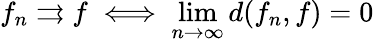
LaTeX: f_{n}\rightrightarrows f\iff\operatorname*{lim}_{n\to\infty}d(f_{n},f)=0